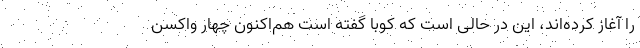
را آغاز کرده‌اند، این در حالی است که کوبا گفته است هم‌اکنون چهار واکسن